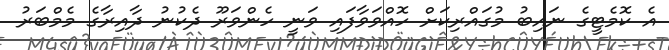
އެ ކޮމެޓީގެ ނައިބު މުގައްރިކަށް ހޮއްވަވާފައި ވަނީ ހެންވަރޫ ދެކުނު ދާއިރާގެ މެމްބަރު